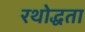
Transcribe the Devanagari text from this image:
रथोद्धता